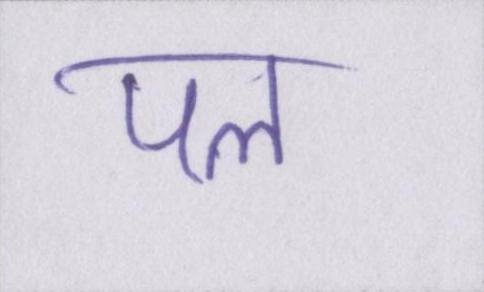
पल